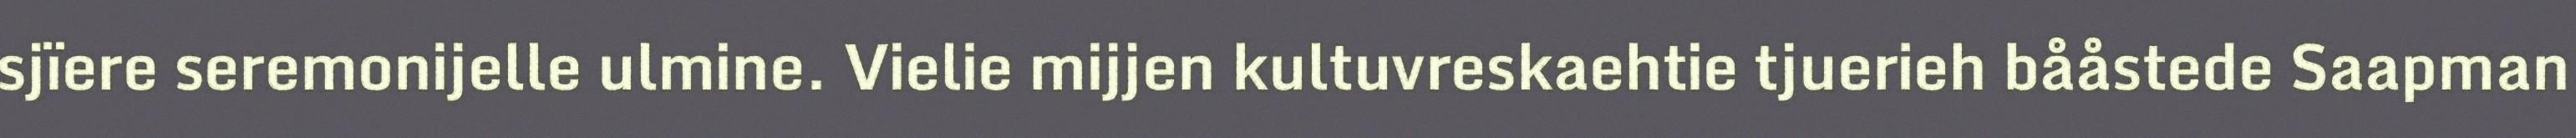
sjïere seremonijelle ulmine. Vielie mijjen kultuvreskaehtie tjuerieh bååstede Saapman